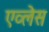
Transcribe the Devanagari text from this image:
एव्लेस